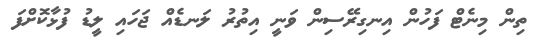
ތިން މިނެޓް ފަހުން އިނގިރޭސިން ވަނީ އިތުރު ލަނޑެއް ޖަހައި ލީޑު ފުޅާކޮށްފަ